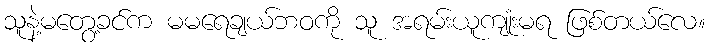
သူနဲ့မတွေ့ခင်က မမရေချယ်ဘဝကို သူ အရမ်းယူကျုံးမရ ဖြစ်တယ်လေ။